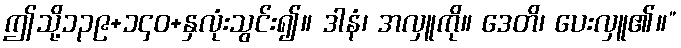
ဤသို့၁၃၉+၁၄၀+နှလုံးသွင်း၍။ ဒါနံ၊ အလှူကို။ ဒေတိ၊ ပေးလှူ၏။”